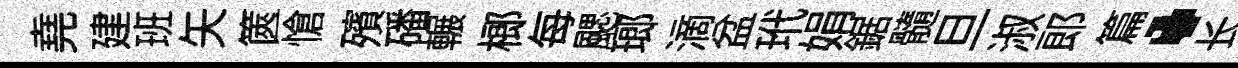
堯建班矢篋愴殯磻輾榔每颸瑯滴盆玳娟鋸髓旦淑郎篇·长